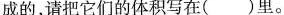
成的，请把它们的体积写在()里。